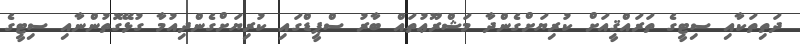
ދަތިތަކާއި ސިޓީގެ ތަރައްޤީއަށް ކުރިޔަށްގެންދާ މަޝްރޫޢުތައް ބާރު ސްޕީޑްގައި ކުރިޔަށްގެންދިއުމާ ގުޅޭގޮތުންނާއި ސިޓީގެ